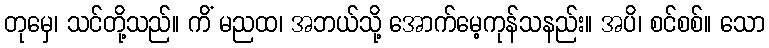
တုမှေ၊ သင်တို့သည်။ ကိံ မညထ၊ အဘယ်သို့ အောက်မေ့ကုန်သနည်း။ အပိ၊ စင်စစ်။ သော